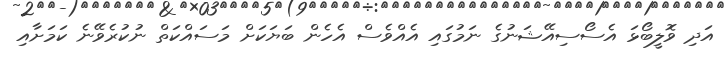
އަދި ވޮލީބޯޅަ އެސޯސިއޭޝަނުގެ ނަމުގައި އެއްވެސް އެހެން ބަޔަކަށް މަސައްކަތް ނުކުރެވޭނެ ކަމަށާއި